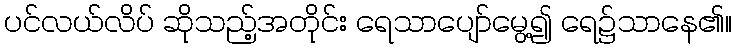
ပင်လယ်လိပ် ဆိုသည့်အတိုင်း ရေသာပျော်မွေ့၍ ရေ၌သာနေ၏။